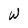
Character: W